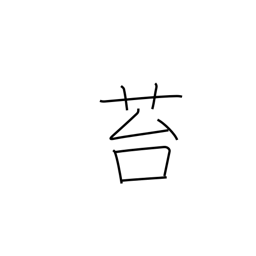
Meaning: moss